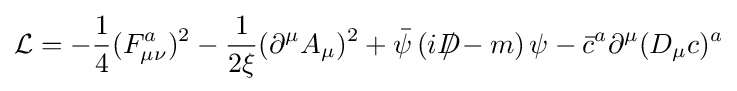
{\mathcal {L}}=-{\frac {1}{4}}(F_{\mu \nu }^{a})^{2}-{\frac {1}{2\xi }}(\partial ^{\mu }A_{\mu })^{2}+{\bar {\psi }}\left(iD\!\!\!\!/-m\right)\psi -{\bar {c}}^{a}\partial ^{\mu }(D_{\mu }c)^{a}